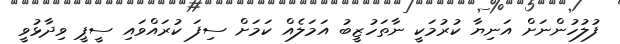
ފުލުހުންނަށް އަނިޔާ ކުރުމަކީ ނާތަހުޒީބު އަމަލެއް ކަމަށް ސިފަ ކުރައްވައި ސީޕީ ވިދާޅުވީ